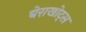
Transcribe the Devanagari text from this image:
बेराखोट्स